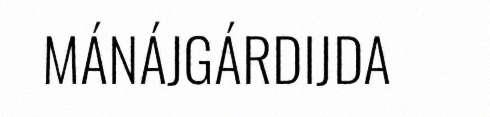
MÁNÁJGÁRDIJDA